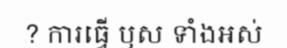
? ការធ្វើ ឫស ទាំងអស់